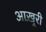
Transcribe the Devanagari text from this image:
आख़्ररी